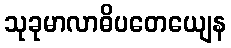
သုခုမာလာဓိပတေယျေန